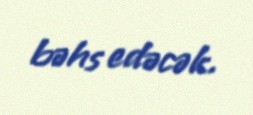
bəhs edəcək.